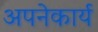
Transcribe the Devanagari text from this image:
अपनेकार्य